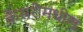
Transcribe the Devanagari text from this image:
केसरीमधील